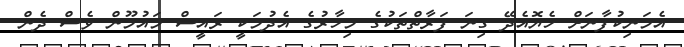
އެމަނިކުފާނަށް ހެޔޮއެދޭ ގިނަ ފަރާތްތަކުގެ މިހާރުގެ އެދުމަކީ ރައީސް މައުމޫން ވެސް ދެން